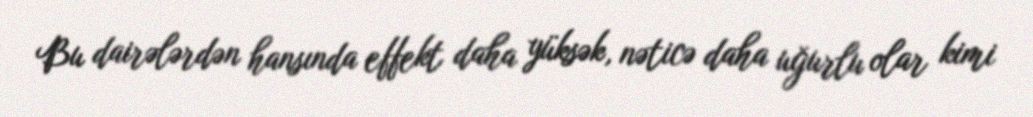
Bu dairələrdən hansında effekt daha yüksək, nəticə daha uğurlu olar kimi